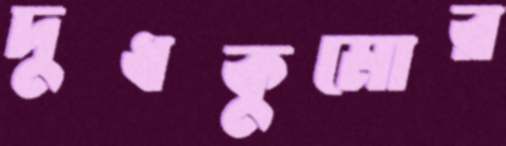
দুধকুমোর